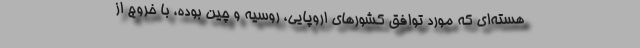
هسته‌ای که مورد توافق کشورهای اروپایی، روسیه و چین بوده، با خروج از